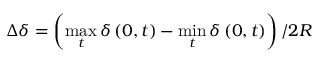
\Delta \delta = \left( \operatorname* { m a x } _ { t } \delta \left( 0 , t \right) - \operatorname* { m i n } _ { t } \delta \left( 0 , t \right) \right) / 2 R